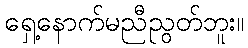
ရှေ့နောက်မညီညွတ်ဘူး။